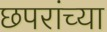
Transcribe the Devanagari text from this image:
छपरांच्या